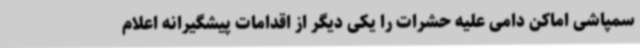
سمپاشی اماکن دامی علیه حشرات را یکی دیگر از اقدامات پیشگیرانه اعلام